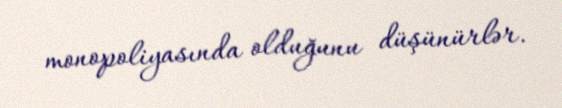
monopoliyasında olduğunu düşünürlər.